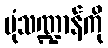
ပုံသဏ္ဍာန်ကို